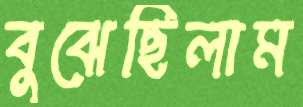
বুঝেছিলাম